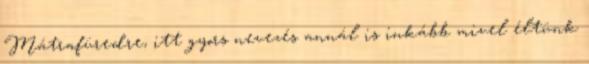
Mátrafüredre, itt gyors nevezés annál is inkább mivel éltünk